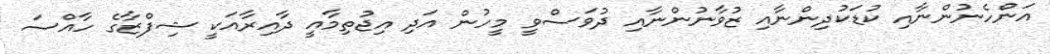
އަންހެނުންނާއި ކުޑަކުދިންނާއި ޒުވާނުންނާއި ދުވަސްވީ މީހުން އަދި އިޖުތިމާއީ ދާއިރާއަކީ ޝިފްޒާގެ ހާއްސަ